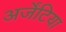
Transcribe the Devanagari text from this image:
अर्जेंटिया